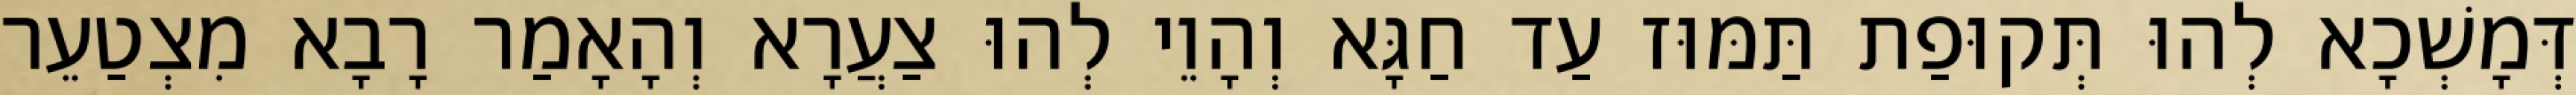
דְּמָשְׁכָא לְהוּ תְּקוּפַת תַּמּוּז עַד חַגָּא וְהָוֵי לְהוּ צַעֲרָא וְהָאָמַר רָבָא מִצְטַעֵר